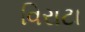
વિરાટા